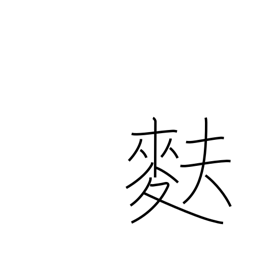
Meaning: light wheat-gluten bread